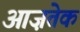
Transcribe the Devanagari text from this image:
आज़तेक